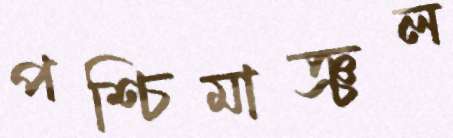
পশ্চিমাঞ্চল